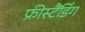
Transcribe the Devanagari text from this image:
फ्रीस्टैंडिंग